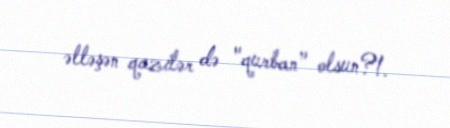
əlləşən qazilər də "qurban" olsun?!.